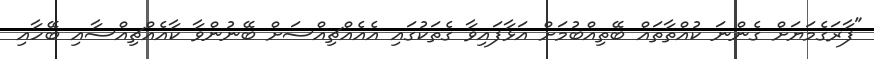
"ފާރަގެމަޔަށް ގެންނަ ކުއްތާތައް ބޭތިއްބުމަށް އަޅާފައިވާ ގެތަކުގައި އެއެއްޗިއްސަށް ބޭނުންވާ ކާއެއްޗިއްސާއި ބޭހާއި